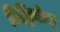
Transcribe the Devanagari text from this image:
विट्रियोस्